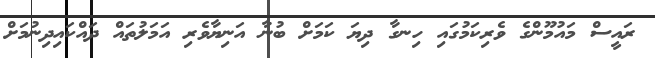
ރައީސް މައުމޫންގެ ވެރިކަމުގައި ހިނގާ ދިޔަ ކަމަށް ބުނާ އަނިޔާވެރި އަމަލުތައް ދައްކައިދިނުމަށް